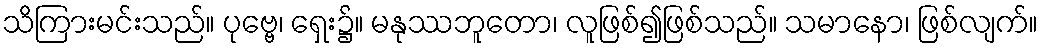
သိကြားမင်းသည်။ ပုဗ္ဗေ၊ ရှေး၌။ မနုဿဘူတော၊ လူဖြစ်၍ဖြစ်သည်။ သမာနော၊ ဖြစ်လျက်။